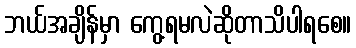
ဘယ်အချိန်မှာ ကွေ့ရမလဲဆိုတာသိပါရစေ။